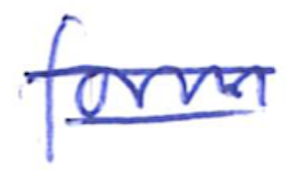
Text: form
Cross-out: double-line
Writing tool: ballpoint